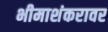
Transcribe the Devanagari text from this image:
भीमाशंकरावर